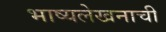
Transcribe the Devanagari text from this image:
भाष्यलेखनाची